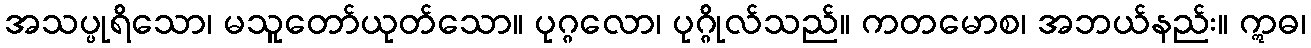
အသပ္ပုရိသော၊ မသူတော်ယုတ်သော။ ပုဂ္ဂလော၊ ပုဂ္ဂိုလ်သည်။ ကတမောစ၊ အဘယ်နည်း။ ဣဓ၊